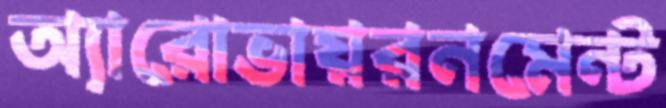
অ্যারোভায়রনমেন্ট